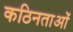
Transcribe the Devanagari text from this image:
कठिनताओं